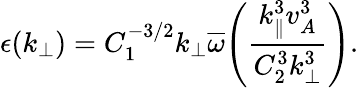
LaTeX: \epsilon(k_{\perp})=C_{1}^{-3/2}k_{\perp}\overline{{\omega}}\Bigg(\frac{k_{\parallel}^{3}v_{A}^{3}}{C_{2}^{3}k_{\perp}^{3}}\Bigg).